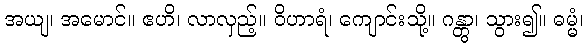
အယျ၊ အမောင်။ ဧဟိ၊ လာလှည့်။ ဝိဟာရံ၊ ကျောင်းသို့။ ဂန္တွာ၊ သွား၍။ ဓမ္မံ၊